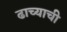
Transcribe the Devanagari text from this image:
ढाच्याची